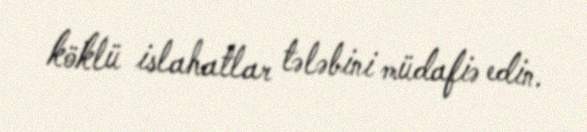
köklü islahatlar tələbini müdafiə edin.